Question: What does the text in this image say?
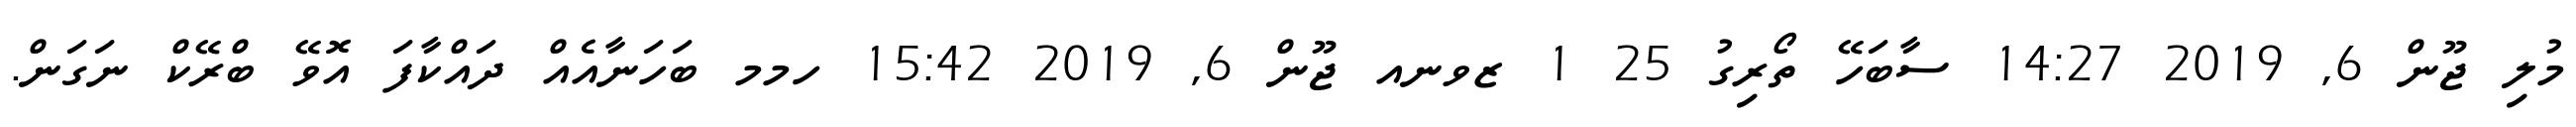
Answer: މުލި ޖޫން 6, 2019 14:27 ސާބަހޭ ތޯރިގު 25 1 ޒވނއ ޖޫން 6, 2019 15:42 ހމމ ބަހަނާއެއް ދައްކާފަ އޮވޭ ބްރޭކް ނަގަން.